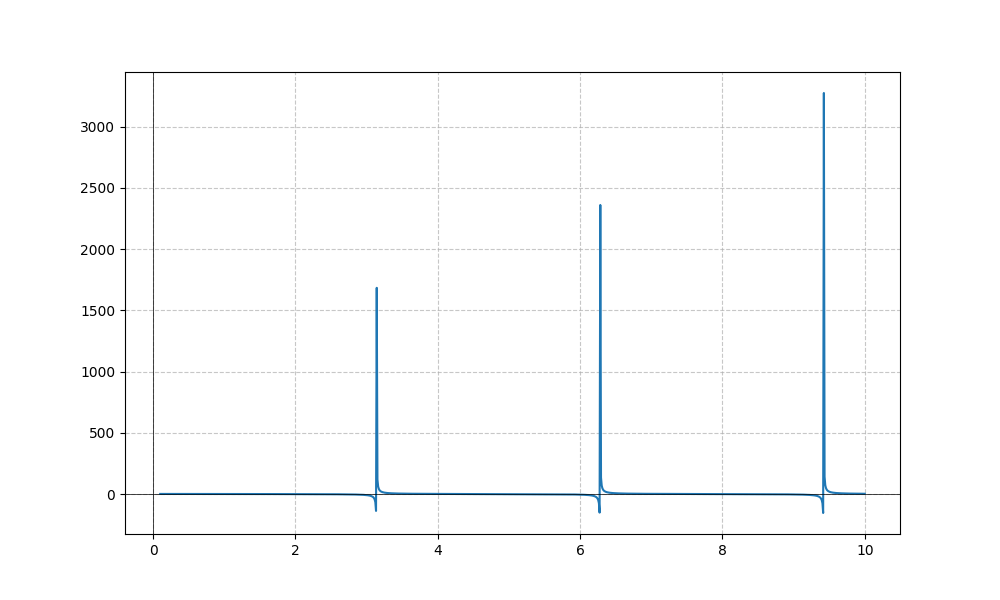
LaTeX formula: \cot{\left(x \right)} \operatorname{atan}{\left(x \right)}